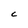
Character: C